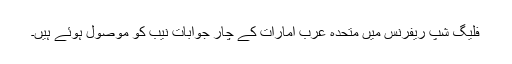
فلیگ شپ ریفرنس میں متحدہ عرب امارات کے چار جوابات نیب کو موصول ہوئے ہیں۔